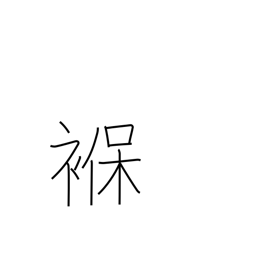
Meaning: diaper